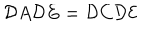
{ \cal D } A { \cal D } E = { \cal D } C { \cal D } { \cal E }